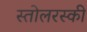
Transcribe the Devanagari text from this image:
स्तोलरस्की